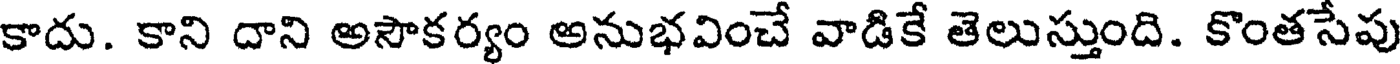
కాదు. కాని దాని అసౌకర్యం అనుభవించే వాడికే తెలుస్తుంది. కొంతసేపు